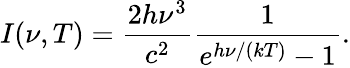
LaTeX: I(\nu,T)={\frac{2h\nu^{3}}{c^{2}}}{\frac{1}{e^{h\nu/(kT)}-1}}.